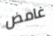
غامض